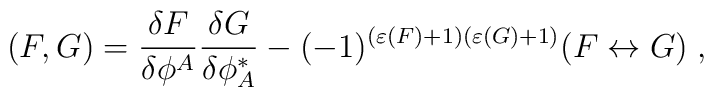
(F,G)=\frac{\delta F}{\delta\phi^A} \frac{\delta G}{\delta \phi^*_A} -(-1)^{(\varepsilon(F)+1)(\varepsilon(G)+1)}(F\leftrightarrow G)\;,